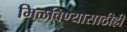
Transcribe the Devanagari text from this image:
मिळविण्यासाठीही